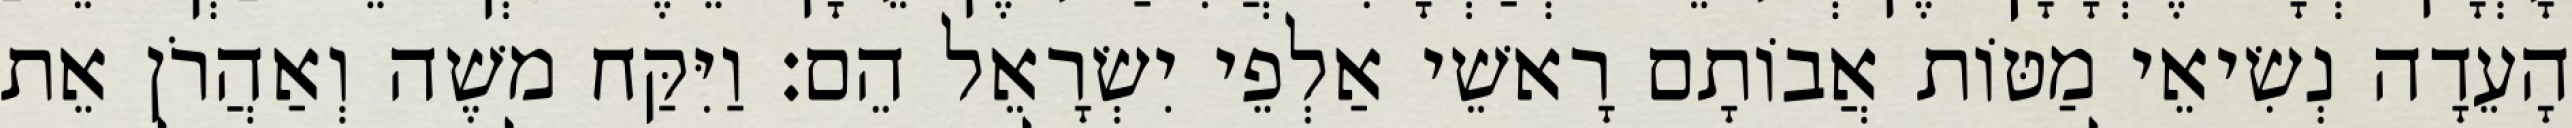
הָעֵדָה נְשִׂיאֵי מַטּוֹת אֲבוֹתָם רָאשֵׁי אַלְפֵי יִשְׂרָאֵל הֵם׃ וַיִּקַּח משֶׁה וְאַהֲרֹן אֵת